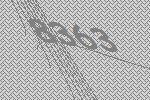
8363